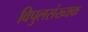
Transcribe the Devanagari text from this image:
विपुलसंख्यक